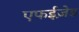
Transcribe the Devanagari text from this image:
एफईज़ेड